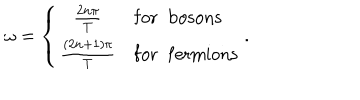
LaTeX: \omega = \left\{ \begin{array} { c l } { { { \frac { 2 n \pi } { T } } } } & { { \mathrm { f o r \; \; b o s o n s } } } \\ { { { \frac { ( 2 n + 1 ) \pi } { T } } } } & { { \mathrm { f o r \; \; f e r m i o n s } } } \\ \end{array} \right. .